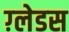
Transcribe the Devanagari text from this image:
ग़्लेडस